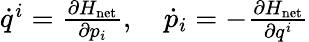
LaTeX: \begin{array}{r}{\dot{q}^{i}=\frac{\partial H_{\mathrm{net}}}{\partial p_{i}},\quad\dot{p}_{i}=-\frac{\partial H_{\mathrm{net}}}{\partial q^{i}}}\end{array}